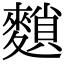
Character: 䵀